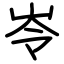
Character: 岺